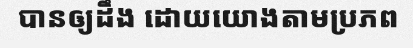
បានឲ្យដឹង ដោយយោងតាមប្រភព